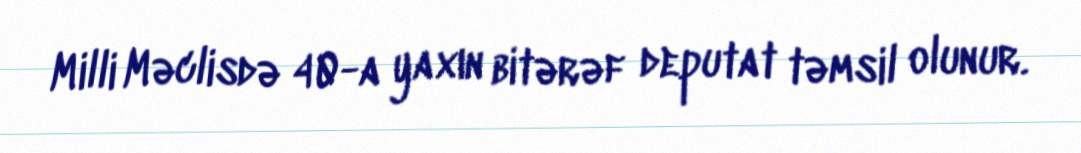
Milli Məclisdə 40-a yaxın bitərəf deputat təmsil olunur.